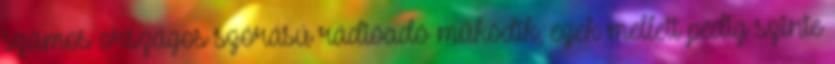
számos országos szórású rádióadó működik, ezek mellett pedig szinte